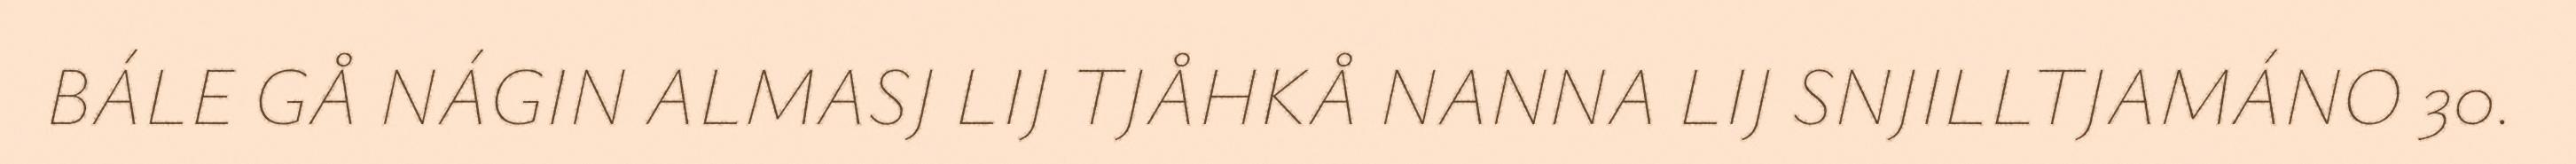
BÁLE GÅ NÁGIN ALMASJ LIJ TJÅHKÅ NANNA LIJ SNJILLTJAMÁNO 30.